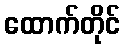
ထောက်တိုင်